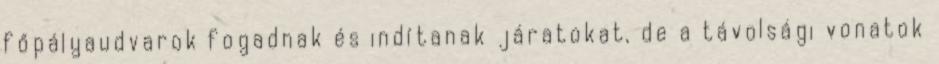
főpályaudvarok fogadnak és indítanak járatokat, de a távolsági vonatok